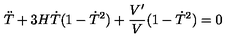
\ddot { T } + 3 H \dot { T } ( 1 - \dot { T } ^ { 2 } ) + \frac { V ^ { \prime } } { V } ( 1 - \dot { T } ^ { 2 } ) = 0